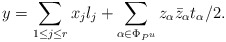
\begin{align*}y=\sum_{1\leq j \leq r} x_j l_j + \sum_{\alpha \in \Phi_{P^u}} z_{\alpha}\bar{z}_{\alpha} t_{\alpha}/2.\end{align*}